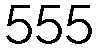
555